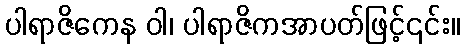
ပါရာဇိကေန ဝါ၊ ပါရာဇိကအာပတ်ဖြင့်၎င်း။